Lunatic asylums Punjab 1895-1910 - 1895-1910
Year: 1895
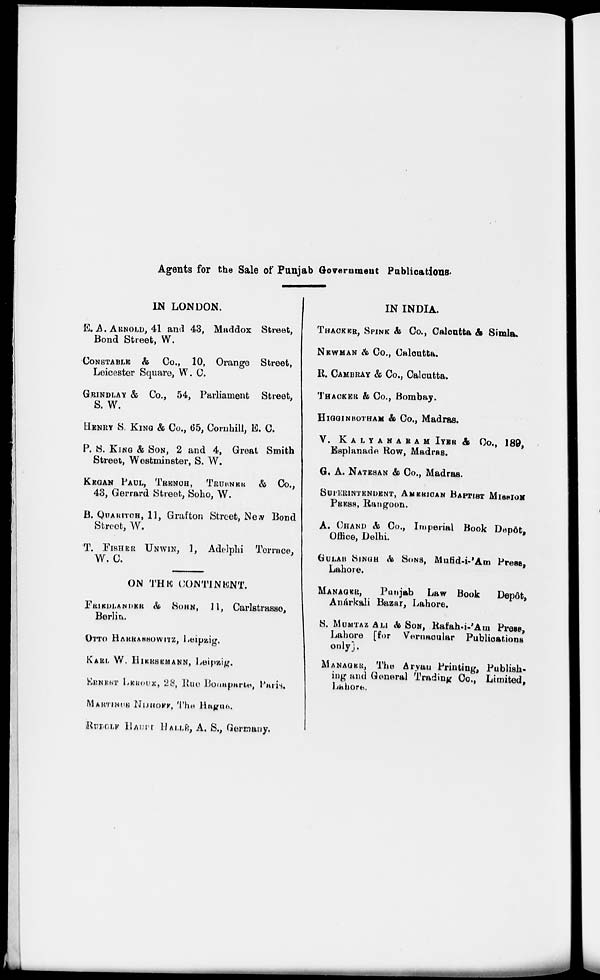
Agents for the Sale of Punjab Government Publications.
IN LONDON.
E. A. ARNOLD, 41 and 43, Maddox Street,
Bond Street, W.
CONSTABLE & Co., 10, Orange Street,
Leicester Square, W. C.
GRINDLAY & Co., 54, Parliament Street,
S. W.
HENRY S. KING & Co., 65, Cornhill, E. C.
P. S. KING & SON, 2 and 4, Great Smith
Street, Westminster, S. W.
KEGAN PAUL, TRENCH, TRUBNER & Co.,
43, Gerrard Street, Soho, W.
B. QUARITCH, 11, Grafton Street, New Bond
Street, W.
T. FISHER UNWIN, 1, Adelphi Terrace,
W. C.
ON THE CONTINENT.
FRIEDLANDER & SOHN, 11, Carlstrasse,
Berlin.
OTTO HARRASSOWITZ, Leipzig.
KARL W. HIERSEMANN, Leipzig.
ERNEST LEROUX, 28, Rue Bonaparte, Paris.
MARTINUS NIJHOFF, The Hague.
RUDOLF HAUPT HALLE, A. S., Germany.
IN INDIA.
THACKER, SPINK & Co., Calcutta & Simla.
NEWMAN & Co., Calcutta.
R. CAMBRAY & Co., Calcutta.
THACKER & Co., Bombay.
HIGGINBOTHAM & Co., Madras.
V. KALYANARAM IYER & Co., 189,
Esplanade Row, Madras.
G. A. NATESAN & Co., Madras.
SUPERINTENDENT, AMERICAN BAPTIST MISSION
PRESS, Rangoon.
A. CHAND & Co., Imperial Book Depôt,
Office, Delhi.
GULAB SINGH & SONS, Mufid-i-'Am Press,
Lahore.
MANAGER,
Punjab
Law Book
Depôt,
Anárkali Bazar, Lahore.
S. MUMTAZ ALI & SON, Rafah-i-'Am Press,
Lahore [for Vernacular Publications
only].
MANAGER, The Aryan Printing, Publish-
ing and General Trading Co., Limited,
Lahore.